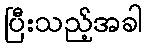
ပြီးသည့်အခါ